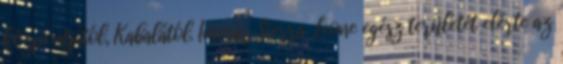
központjától, Kabalától. Immár Sierra Leone egész területét elérte az